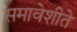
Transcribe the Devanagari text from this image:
समावेशीते